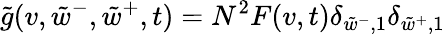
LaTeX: \tilde{g}(v,\tilde{w}^{-},\tilde{w}^{+},t)=N^{2}F(v,t)\delta_{\tilde{w}^{-},1}\delta_{\tilde{w}^{+},1}